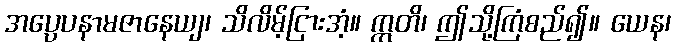
အပ္ပေပနာမဇာနေယျ၊ သိလိမ့်ငြားအံ့။ ဣတိ၊ ဤသို့ကြံစည်၍။ ယေန၊